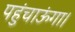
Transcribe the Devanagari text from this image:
पहुंचाऊंगा।